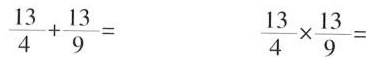
$$\frac { 1 3 } { 4 } + \frac { 1 3 } { 9 } =$$ $$\frac { 1 3 } { 4 } \times \frac { 1 3 } { 9 } =$$